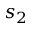
s _ { 2 }